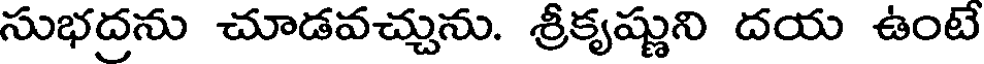
సుభద్రను చూడవచ్చును. శ్రీకృష్ణుని దయ ఉంటె